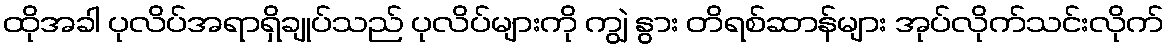
ထိုအခါ ပုလိပ်အရာရှိချုပ်သည် ပုလိပ်များကို ကျွဲ နွား တိရစ်ဆာန်များ အုပ်လိုက်သင်းလိုက်